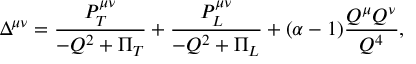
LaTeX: \Delta ^ { \mu \nu } = \frac { { \cal P } _ { T } ^ { \mu \nu } } { - Q ^ { 2 } + \Pi _ { T } } + \frac { { \cal P } _ { L } ^ { \mu \nu } } { - Q ^ { 2 } + \Pi _ { L } } + ( \alpha - 1 ) \frac { Q ^ { \mu } Q ^ { \nu } } { Q ^ { 4 } } ,